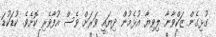
ގުޅިގެން ޒަކްވާނާ ލިވިޔާ އުޅެމުން ދިޔައީ ވަރަށް ވެސް އުފާވެރި ކޮށެވެ. ކުޑަކުޑަ